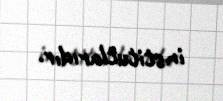
institutlarıdır.